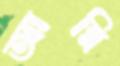
আন্নি